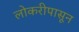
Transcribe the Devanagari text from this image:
लोकरीपासून